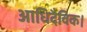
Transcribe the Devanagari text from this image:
आधिदैविक।